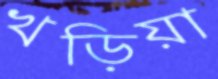
খড়িয়া